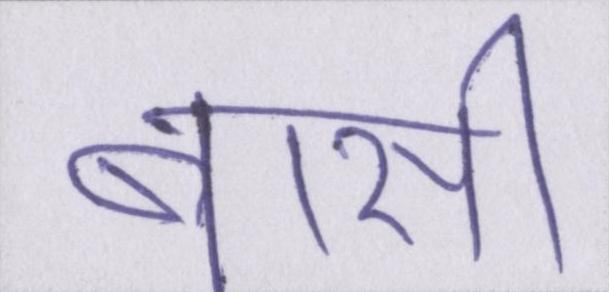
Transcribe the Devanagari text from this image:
बासी